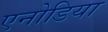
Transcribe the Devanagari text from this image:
एनोडिया